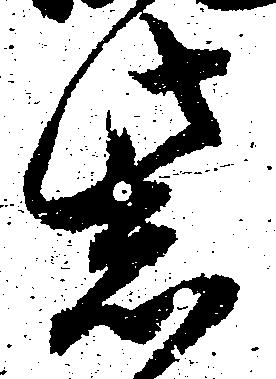
紫